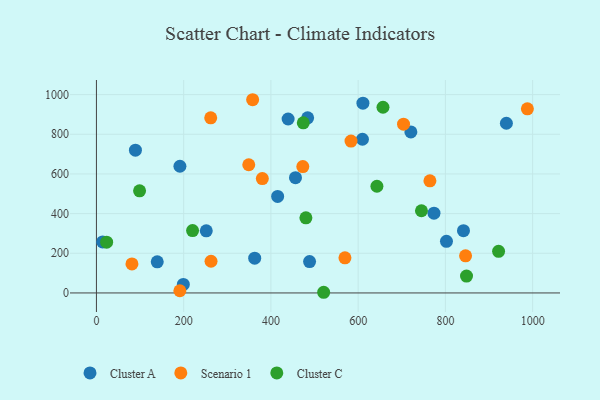
{"axis": {"x": "Distance", "y": "Salary"}, "legend": ["Cluster A", "Cluster C", "Scenario 1"], "data": [{"x": "609.8", "y": 775.0, "type": "Cluster A"}, {"x": "802.4", "y": 260.2, "type": "Cluster A"}, {"x": "841.4", "y": 314.2, "type": "Cluster A"}, {"x": "14.2", "y": 257.4, "type": "Cluster A"}, {"x": "199.2", "y": 42.8, "type": "Cluster A"}, {"x": "939.8", "y": 855.6, "type": "Cluster A"}, {"x": "415.4", "y": 486.5, "type": "Cluster A"}, {"x": "610.9", "y": 956.7, "type": "Cluster A"}, {"x": "89.4", "y": 719.9, "type": "Cluster A"}, {"x": "456.3", "y": 581.3, "type": "Cluster A"}, {"x": "139.4", "y": 156.7, "type": "Cluster A"}, {"x": "362.8", "y": 175.2, "type": "Cluster A"}, {"x": "720.8", "y": 811.8, "type": "Cluster A"}, {"x": "191.4", "y": 638.9, "type": "Cluster A"}, {"x": "484.2", "y": 882.8, "type": "Cluster A"}, {"x": "488.6", "y": 158.1, "type": "Cluster A"}, {"x": "439.4", "y": 877.1, "type": "Cluster A"}, {"x": "773.8", "y": 402.5, "type": "Cluster A"}, {"x": "251.8", "y": 313.3, "type": "Cluster A"}, {"x": "81.4", "y": 146.2, "type": "Scenario 1"}, {"x": "349.2", "y": 646.4, "type": "Scenario 1"}, {"x": "262.0", "y": 883.1, "type": "Scenario 1"}, {"x": "569.7", "y": 177.1, "type": "Scenario 1"}, {"x": "704.0", "y": 850.9, "type": "Scenario 1"}, {"x": "473.1", "y": 637.3, "type": "Scenario 1"}, {"x": "987.9", "y": 928.6, "type": "Scenario 1"}, {"x": "764.5", "y": 565.3, "type": "Scenario 1"}, {"x": "262.7", "y": 159.8, "type": "Scenario 1"}, {"x": "846.2", "y": 187.2, "type": "Scenario 1"}, {"x": "380.3", "y": 576.5, "type": "Scenario 1"}, {"x": "358.1", "y": 974.3, "type": "Scenario 1"}, {"x": "191.2", "y": 11.0, "type": "Scenario 1"}, {"x": "583.6", "y": 765.7, "type": "Scenario 1"}, {"x": "220.4", "y": 314.3, "type": "Cluster C"}, {"x": "98.9", "y": 515.0, "type": "Cluster C"}, {"x": "520.9", "y": 3.4, "type": "Cluster C"}, {"x": "745.1", "y": 414.4, "type": "Cluster C"}, {"x": "474.2", "y": 857.7, "type": "Cluster C"}, {"x": "921.9", "y": 210.1, "type": "Cluster C"}, {"x": "656.9", "y": 936.3, "type": "Cluster C"}, {"x": "643.0", "y": 538.0, "type": "Cluster C"}, {"x": "23.4", "y": 256.2, "type": "Cluster C"}, {"x": "848.4", "y": 85.2, "type": "Cluster C"}, {"x": "480.2", "y": 379.0, "type": "Cluster C"}]}